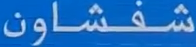
شفشاون